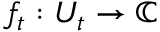
f _ { t } : U _ { t } \to \mathbb { C }